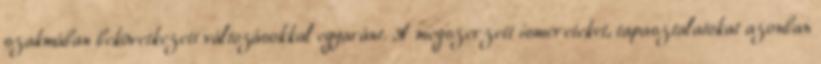
szakmában bekövetkezett változásokkal egyaránt. A megszerzett ismereteket, tapasztalatokat azonban